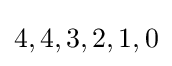
4,4,3,2,1,0